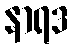
နာရဒ